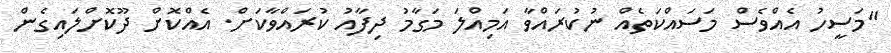
"މަސީހު އެއްވެސް މަސައްކަތެއް ނުކުރައްވާ އަމިއްލަ މަގާމު ދިފާއު ކުރައްވާކަށް. އެއްކޮށް ދޫކޮށްލައިގެން